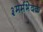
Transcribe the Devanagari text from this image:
३मर्मभेदक